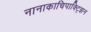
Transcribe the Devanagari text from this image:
नानाकाचिपाक्ट्झिन